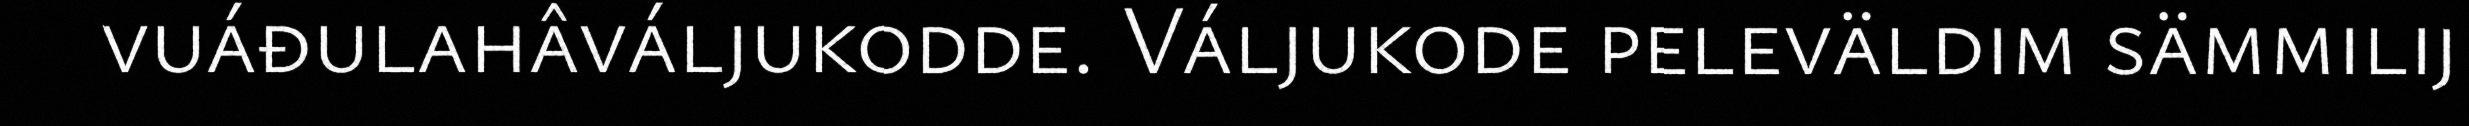
vuáđulahâváljukodde. Váljukode peleväldim sämmilij